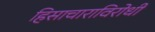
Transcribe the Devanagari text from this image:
हिसाचाराविरोधी